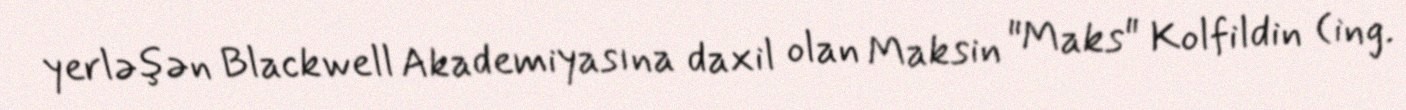
yerləşən Blackwell Akademiyasına daxil olan Maksin "Maks" Kolfildin (ing.